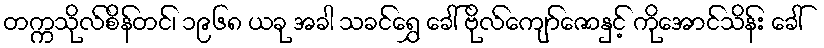
တက္ကသိုလ်စိန်တင်၊ ၁၉၆၈ ယခု အခါ သခင်ရွှေ ခေါ် ဗိုလ်ကျော်ဇောနှင့် ကိုအောင်သိန်း ခေါ်